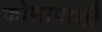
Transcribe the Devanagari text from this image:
कोणापाशी